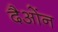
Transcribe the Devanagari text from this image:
दैओंन